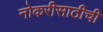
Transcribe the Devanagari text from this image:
नोकरीसाठीची